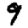
Digit: 9